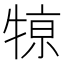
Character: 𤚒